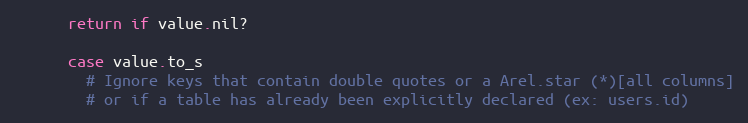
Language: Ruby
      return if value.nil?

      case value.to_s
        # Ignore keys that contain double quotes or a Arel.star (*)[all columns]
        # or if a table has already been explicitly declared (ex: users.id)